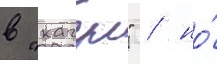
в "кагул" / но́